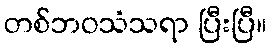
တစ်ဘဝသံသရာ ပြီးပြီ။